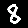
Digit: 8